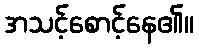
အသင့်စောင့်နေ၏။